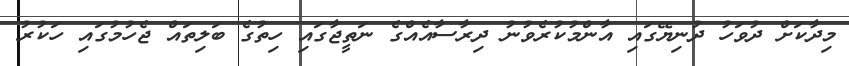
މިދާކަށް ދުވަހު ދުނިޔޭގައި އާންމުކުރެވުނު ދިރާސާއެއްގެ ނަތީޖާގައި ހިތުގެ ބަލިތައް ޖެހުމުގައި ހަކުރު